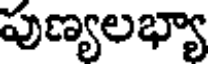
పుణ్యలభ్యా